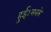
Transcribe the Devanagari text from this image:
हुई।सबसे